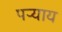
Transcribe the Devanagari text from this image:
पऱ्याय